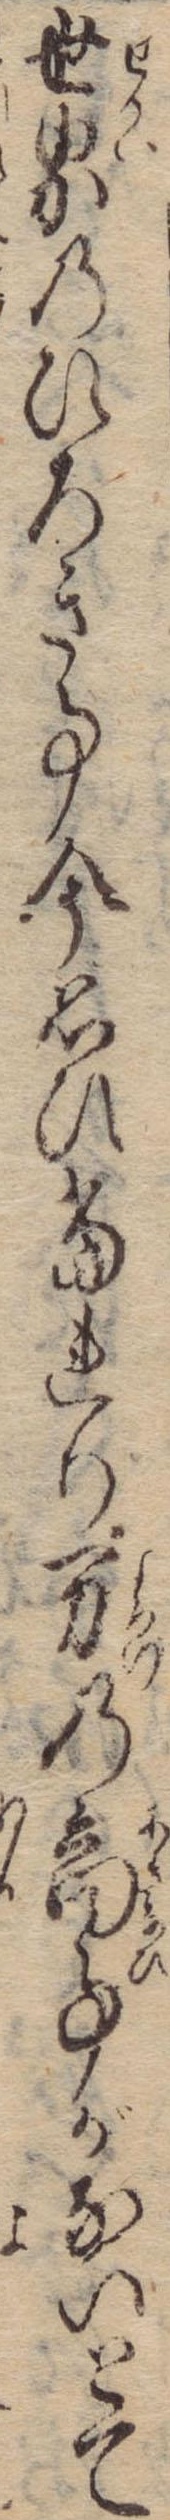
世界のひろき事今思ひ当れり万の商事がないとて